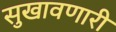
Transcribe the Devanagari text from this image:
सुखावणारी